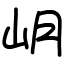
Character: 岄